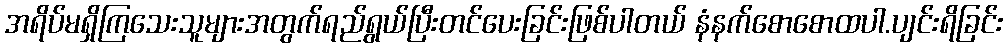
အရိပ်မရှိကြသေးသူများအတွက်ရည်ရွယ်ပြီးတင်ပေးခြင်းဖြစ်ပါတယ် နံနက်စောစောထပါ.ပျင်းရိခြင်း